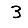
Digit: 3